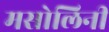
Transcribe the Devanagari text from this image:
मसोलिनी